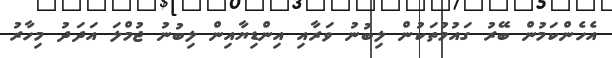
އެހެންކަމުން ބޭރު ގައުމުތަކުން ލިބުނު ވަރާއި އިންޑިޔާއިން ލިބުނު ޖުމްލަ އަދަދު މިހާރު